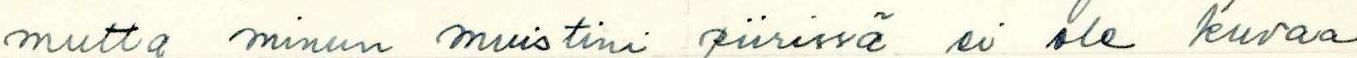
mutta minun muistini piirissä ei ole kuvaa